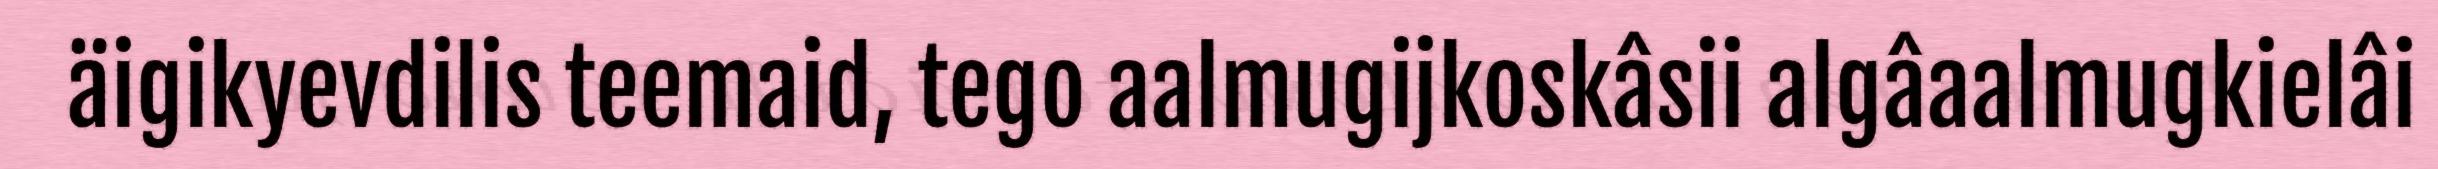
äigikyevdilis teemaid, tego aalmugijkoskâsii algâaalmugkielâi